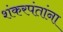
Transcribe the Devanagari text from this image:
शंकरपंतांना